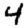
Digit: 4